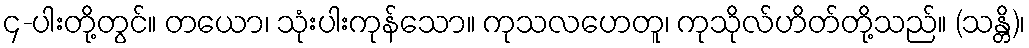
၄-ပါးတို့တွင်။ တယော၊ သုံးပါးကုန်သော။ ကုသလဟေတူ၊ ကုသိုလ်ဟိတ်တို့သည်။ (သန္တိ)၊